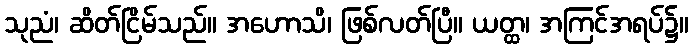
သုညံ၊ ဆိတ်ငြိမ်သည်။ အဟောသိ၊ ဖြစ်လတ်ပြီ။ ယတ္ထ၊ အကြင်အရပ်၌။